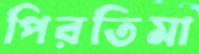
পিরতিমা